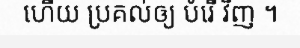
ហើយ ប្រគល់ឲ្យ បំរើ វិញ ។